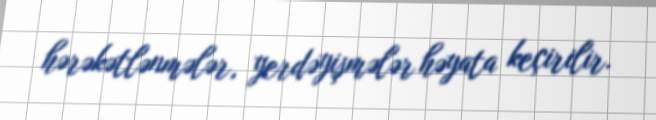
hərəkətlənmələr, yerdəyişmələr həyata keçirilir.